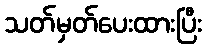
သတ်မှတ်ပေးထားပြီး